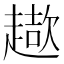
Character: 𧽓